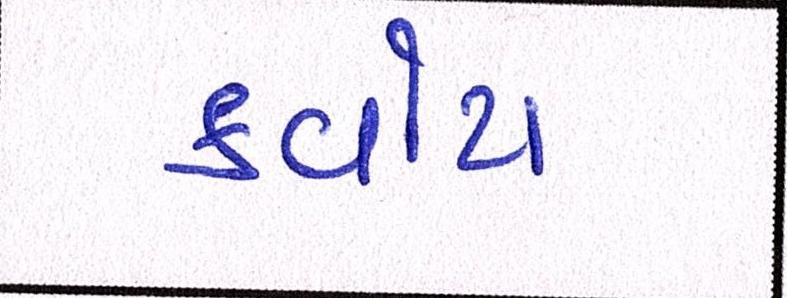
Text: ક્વોટા